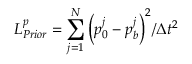
L _ { P r i o r } ^ { p } = \sum _ { j = 1 } ^ { N } { { { \left( { { p } _ { 0 } ^ { j } } - { { p } _ { b } ^ { j } } \right) } ^ { 2 } } / \Delta { { t } ^ { 2 } } }